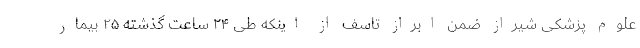
علوم پزشکی شیراز ضمن ابراز تاسف از اینکه طی ۲۴ ساعت گذشته ۲۵ بیمار